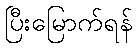
ပြီးမြောက်ရန်